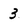
Character: 3